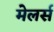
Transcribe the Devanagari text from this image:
मेलर्स